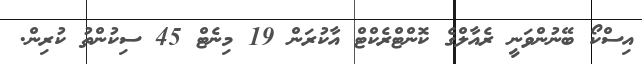
އިސްކޯ ބޭނުންވަނީ ރެއާލްގެ ކޮންޓްރެކްޓް އާކުރަން 19 މިނެޓް 45 ސިކުންތު ކުރިން.